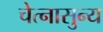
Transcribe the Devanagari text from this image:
चेत्नासुन्य